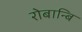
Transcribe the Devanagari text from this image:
रोबान्बि